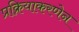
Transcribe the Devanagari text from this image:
प्रक्रियाकरणेन